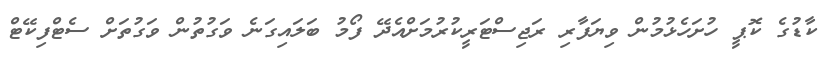
ކާޑުގެ ކޮޕީ ހުށަހެޅުމުން ވިޔަފާރި ރަޖިސްޓަރީކުރުމަށްއެދޭ ފޯމު ބަލައިގަނެ ވަގުތުން ވަގުތަށް ސެޓްފިކޭޓް